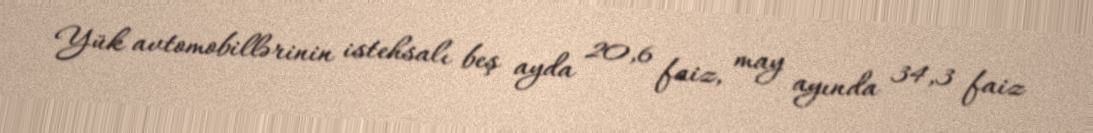
Yük avtomobillərinin istehsalı beş ayda 20,6 faiz, may ayında 34,3 faiz